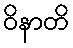
ဝိနာတိ